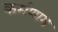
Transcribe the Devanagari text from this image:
कर्मणाम